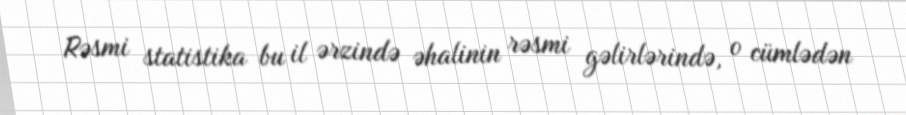
Rəsmi statistika bu il ərzində əhalinin rəsmi gəlirlərində, o cümlədən